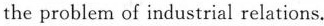
the problem of industrial relations.